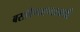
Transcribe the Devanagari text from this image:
बसविण्याच्याआधी